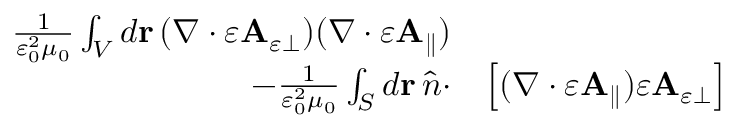
\begin{array} { r l } { \frac { 1 } { \varepsilon _ { 0 } ^ { 2 } \mu _ { 0 } } \int _ { V } d \mathbf { r } \, ( \nabla \cdot \varepsilon \mathbf { A } _ { \varepsilon \perp } ) ( \nabla \cdot \varepsilon \mathbf { A } _ { \parallel } ) } & { } \\ { - \frac { 1 } { \varepsilon _ { 0 } ^ { 2 } \mu _ { 0 } } \int _ { S } d \mathbf { r } \, \hat { n } \cdot } & { \left[ ( \nabla \cdot \varepsilon \mathbf { A } _ { \parallel } ) \varepsilon \mathbf { A } _ { \varepsilon \perp } \right] } \end{array}